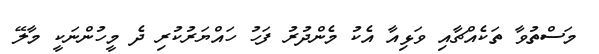
މަސްތުވާ ތަކެއްޗާއި ވަޅިއާ އެކު މެންދުރު ފަހު ހައްޔަރުކުރި ދެ މީހުންނަކީ މާލޭ